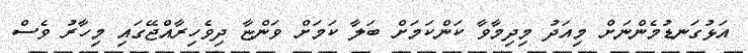
އަޅުގަނޑުމެންނަށް މިއަދު މިދިމާވާ ކަންކަމަށް ބަލާ ކަމަށް ވަންޏާ ދިވެހިރާއްޖޭގައި މިހާރު ވެސް